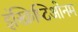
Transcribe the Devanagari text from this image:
इंस्क्रिप्टिओनम